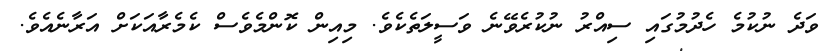
ވަދެ ނުކުމެ ހެދުމުގައި ސިއްރު ނުކުރެވޭނެ ވަސީލަތެކެވެ. މިއިން ކޮންމެވެސް ކެމެރާއަކަށް އަރާނެއެވެ.